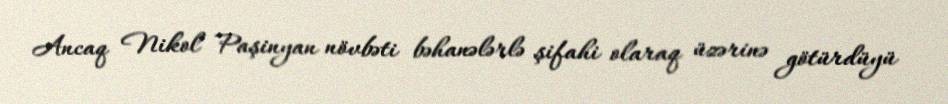
Ancaq Nikol Paşinyan növbəti bəhanələrlə şifahi olaraq üzərinə götürdüyü